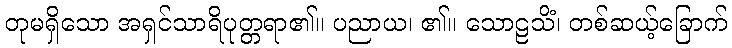
တုမရှိသော အရှင်သာရိပုတ္တရာ၏။ ပညာယ၊ ၏။ သောဠသိံ၊ တစ်ဆယ့်ခြောက်